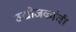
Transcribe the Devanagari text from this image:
उद्योजकांची